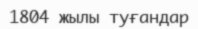
1804 жылы туғандар